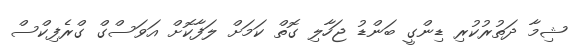
ޝިމާ ދަތުރުކުރި ޑިންގީ ބަންޑު ޖަހާލި ގޮތް ކަމަށް ލަފާކޮށް އަވަސްގް ގްރެފިކްސް